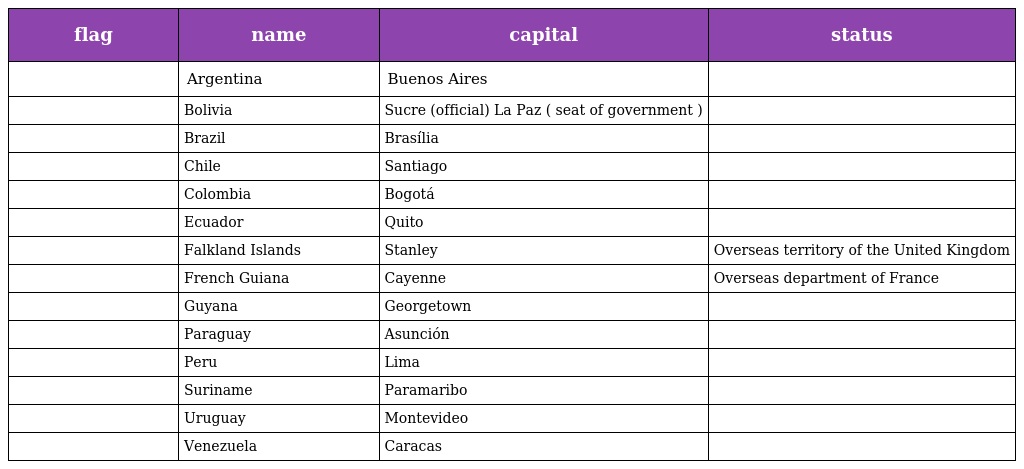
| flag | name | capital | status |
 | --- | --- | --- | --- |
 |  | Argentina | Buenos Aires |  |
 |  | Bolivia | Sucre (official) La Paz ( seat of government ) |  |
 |  | Brazil | Brasília |  |
 |  | Chile | Santiago |  |
 |  | Colombia | Bogotá |  |
 |  | Ecuador | Quito |  |
 |  | Falkland Islands | Stanley | Overseas territory of the United Kingdom |
 |  | French Guiana | Cayenne | Overseas department of France |
 |  | Guyana | Georgetown |  |
 |  | Paraguay | Asunción |  |
 |  | Peru | Lima |  |
 |  | Suriname | Paramaribo |  |
 |  | Uruguay | Montevideo |  |
 |  | Venezuela | Caracas |  |